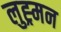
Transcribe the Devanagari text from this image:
लुह्र्मन